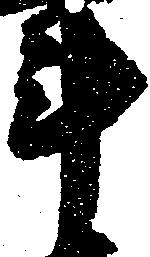
斗